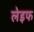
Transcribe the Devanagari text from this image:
लेइफ